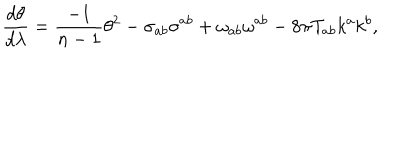
{ \frac { d \theta } { d \lambda } } = { { \frac { - 1 } { n - 1 } } { \theta ^ { 2 } } } - \sigma _ { a b } \sigma ^ { a b } + \omega _ { a b } \omega ^ { a b } - 8 \pi T _ { a b } k ^ { a } k ^ { b } ,